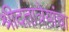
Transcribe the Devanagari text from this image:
श्रीदतात्रेयांचा